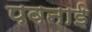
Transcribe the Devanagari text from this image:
पवनाई